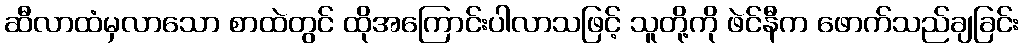
ဆီလာထံမှလာသော စာထဲတွင် ထိုအကြောင်းပါလာသဖြင့် သူတို့ကို ဖဲင်နီက ဖောက်သည်ချခြင်း